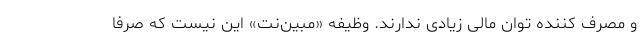
و مصرف کننده توان مالی زیادی ندارند. وظیفه «مبین‌نت» این نیست که صرفا